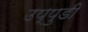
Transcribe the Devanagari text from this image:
उप्पुडी